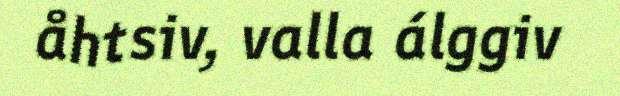
åhtsiv, valla álggiv